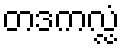
တဒကလ္လံ